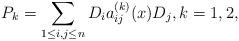
LaTeX: \begin{align*} P_{k} = \sum_{1\leq i,j \leq n} D_i a_{ij}^{(k)}(x) D_{j}, k=1,2, \end{align*}